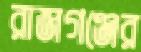
রাজগঞ্জের